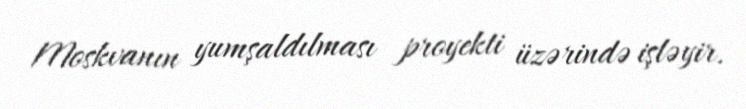
Moskvanın yumşaldılması proyekti üzərində işləyir.